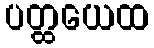
ပတ္ထယေထ